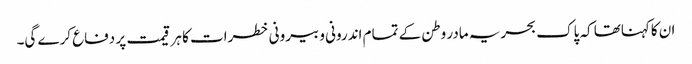
ان کاکہناتھا کہ پاک بحریہ مادر وطن کے تمام اندرونی و بیرونی خطرات کا ہر قیمت پر دفاع کرے گی۔